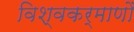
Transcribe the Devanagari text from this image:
विश्वकर्माणौ